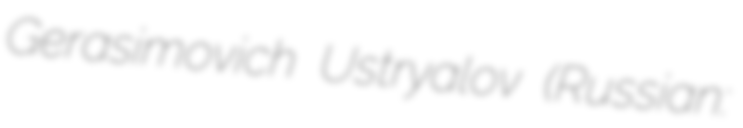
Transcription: Gerasimovich Ustryalov (Russian: